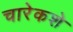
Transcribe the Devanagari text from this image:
चारेकशे